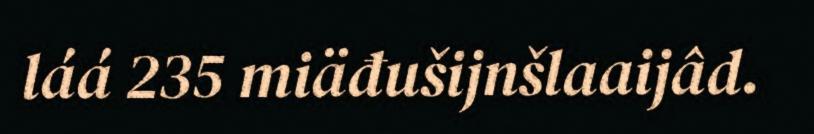
láá 235 miäđušijnšlaaijâd.